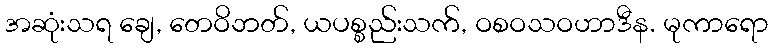
အဆုံးသရ ချေ, တေဝိဘတ်, ယပစ္စည်းသက်, ဝစဝသဝဟာဒီန. မုကာရော